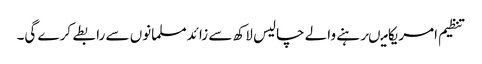
تنظیم امریکامیںرہنے والے چالیس لاکھ سے زائدمسلمانوں سے رابطے کرے گی۔